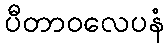
ပီတာဝလေပနံ